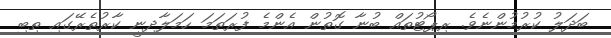
ބަދަލު ކުރުމުންނެވެ. ރިޕޯޓުތައް ބުނާ ގޮތުން އެންމެ ފުރަތަމަ ހަމަލާދިނީ ކާރުތެރޭގައި ތިބި